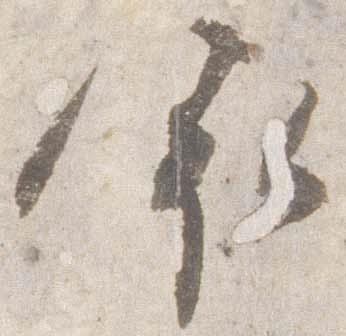
依